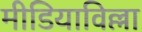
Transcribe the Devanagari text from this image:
मीडियाविल्ला